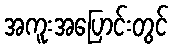
အကူးအပြောင်းတွင်